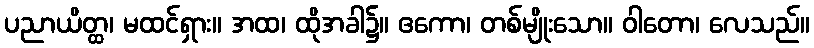
ပညာယိတ္ထ၊ မထင်ရှား။ အထ၊ ထိုအခါ၌။ ဧကော၊ တစ်မျိုးသော။ ဝါတော၊ လေသည်။